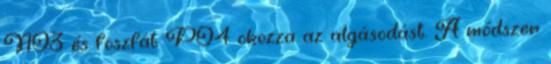
NO3 és foszfát PO4 okozza az algásodást. A módszer